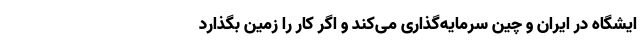
ایشگاه در ایران و چین سرمایه‌گذاری می‌کند و اگر کار را زمین بگذارد